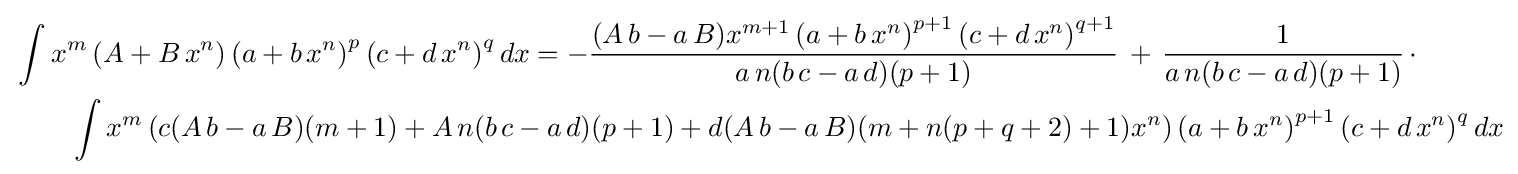
{\begin{aligned}&\int x^{m}\left(A+B\,x^{n}\right)\left(a+b\,x^{n}\right)^{p}\left(c+d\,x^{n}\right)^{q}dx=-{\frac {(A\,b-a\,B)x^{m+1}\left(a+b\,x^{n}\right)^{p+1}\left(c+d\,x^{n}\right)^{q+1}}{a\,n(b\,c-a\,d)(p+1)}}\,+\,{\frac {1}{a\,n(b\,c-a\,d)(p+1)}}\,\cdot \\&\qquad \int x^{m}\left(c(A\,b-a\,B)(m+1)+A\,n(b\,c-a\,d)(p+1)+d(A\,b-a\,B)(m+n(p+q+2)+1)x^{n}\right)\left(a+b\,x^{n}\right)^{p+1}\left(c+d\,x^{n}\right)^{q}dx\end{aligned}}